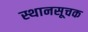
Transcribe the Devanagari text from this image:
स्थानसूचक